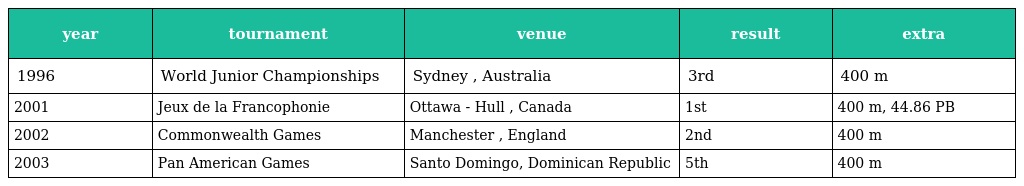
| year | tournament | venue | result | extra |
 | --- | --- | --- | --- | --- |
 | 1996 | World Junior Championships | Sydney , Australia | 3rd | 400 m |
 | 2001 | Jeux de la Francophonie | Ottawa - Hull , Canada | 1st | 400 m, 44.86 PB |
 | 2002 | Commonwealth Games | Manchester , England | 2nd | 400 m |
 | 2003 | Pan American Games | Santo Domingo, Dominican Republic | 5th | 400 m |